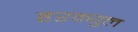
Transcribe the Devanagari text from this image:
हरक्युल